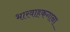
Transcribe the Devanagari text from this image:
भारवाहकगाना